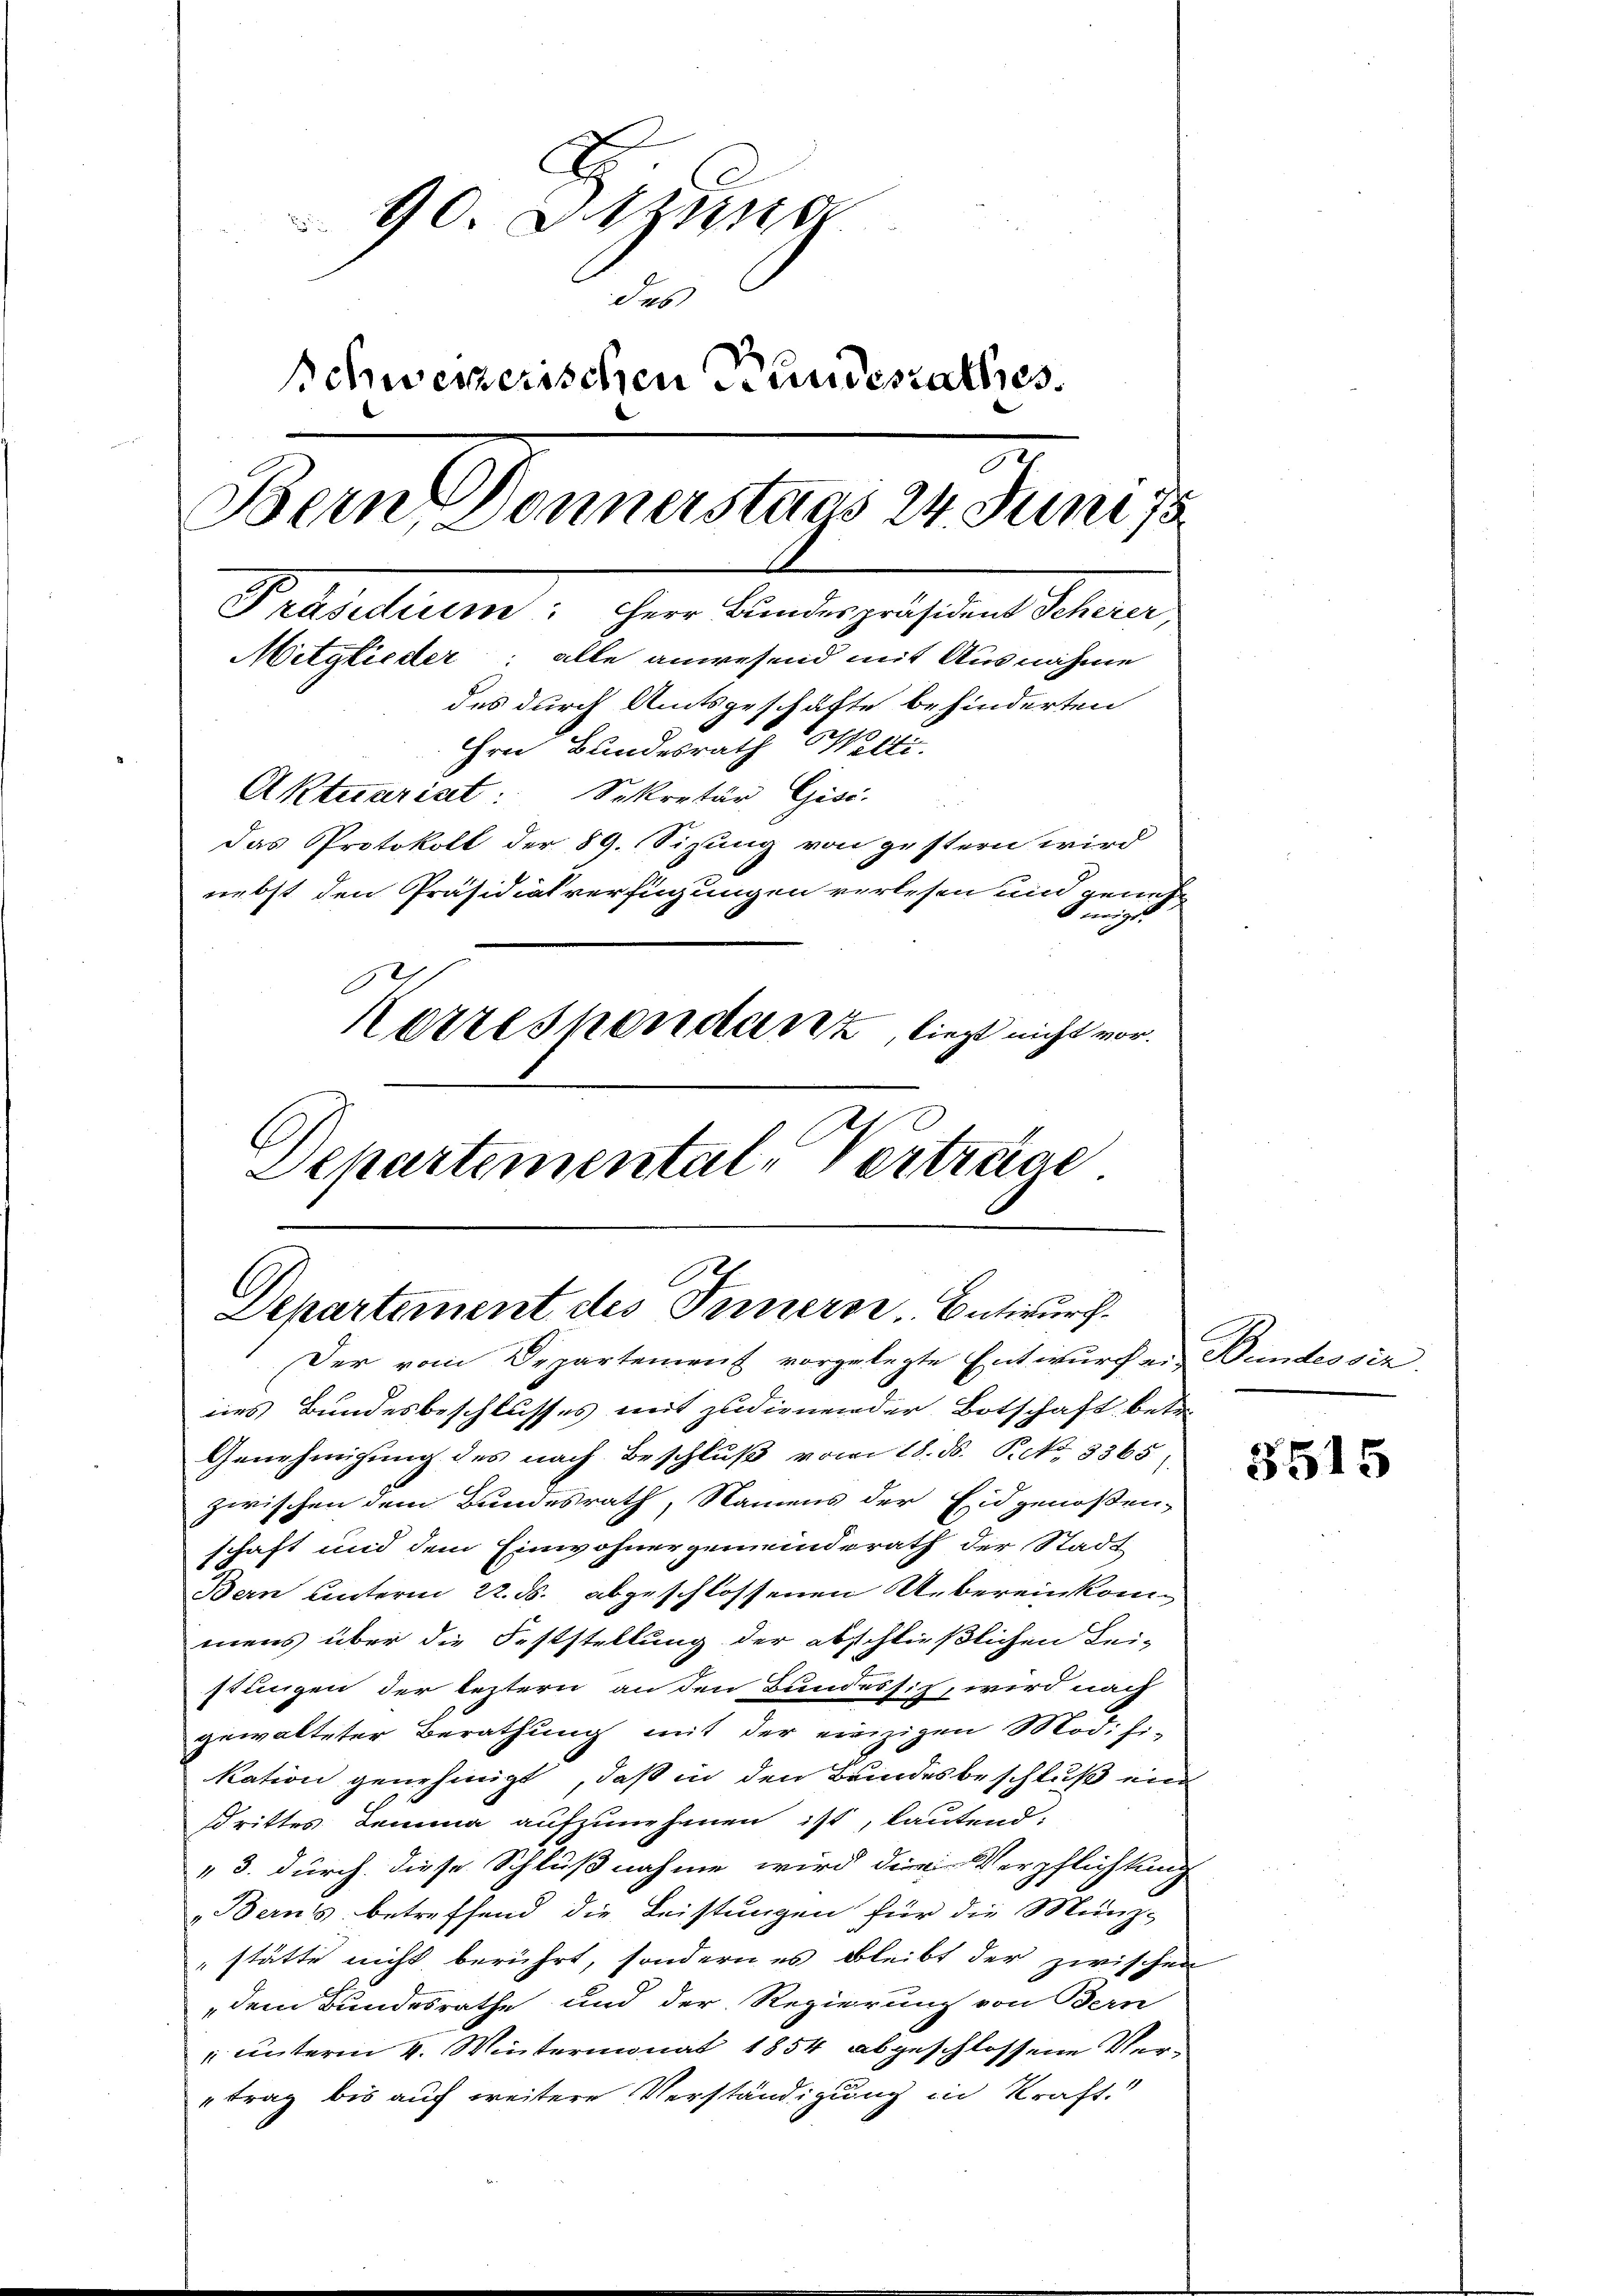
90 Sitzung
des
schweizerischen Stundesrathes.
Bern Donnerstaas 24. Juni 18
Präsidium: Herr Bundespräsident Scherer,
Mitglieder: alle anwesend mit Ausnahme
des durch Amtsgeschäfte behinderten
Hrn Bundesrath Welti.
Aktuarist: Sekretär Gisi
das Protokoll der 89. Sitzung von gestern wird
nebst den Präsidialverfügungen verlesen und geneh¬
 neigt.
Korrespondant, liegt nicht vor.
Departemental-Vertrage

Departement des Ferners. Entwurf.
Der vom Departement vorgelegte Entwurf er Bundessir

nes Bundesbeschlusses mit zudienender Botschaft betr.
Genehmigung des nach Beschluß vom 18. ds. P. Nr. 8365.
zwischen dem Bundesrath, Namens der Eidgenoßen-
schaft und dem Einwohnergemeinderath der Stadt
Bern unterm 22. ds. abgeschlossenen Uebereinkommens über die Feststellung der abschließlichen Lei-
stungen der leztern an den Bundessit, wird nach
gewalteter Berathung mit der einzigen Modifi-
kation genehmigt, daß in den Bundesbeschluß ein
strittes Demma aufzunehmen ist, lautend:
"3. durch diese Schlußnahme wird den Verpflichtung
„Berns, betreffend die Leistungen für die Münz-
stätte nicht berührt, sondern es bleibt der zwischen
dem Bundesrathe und der Regierung von Bern
" unterm 4. Wintermonat 1854 abgeschlossene Vertrag bis auf weitere Verständigung in Kraft.

5515